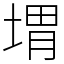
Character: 㙕